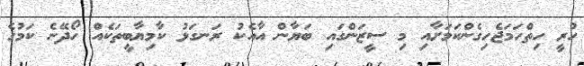
ހުރީ ހިތްހަމަޖެހިގެންކަމަށާއި މި ސީޒަންގައި ބަޔާން އާއެކު ރަނގަޅު ކާމިޔާބީތަކެއް ހޯދޭނެ ކަމުގެ